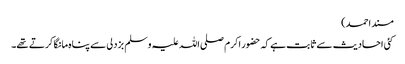
مسند احمد)
کئی احادیث سے ثابت ہے کہ حضور اکرم صلی اللہ علیہ وسلم بزدلی سے پناہ مانگا کرتے تھے۔